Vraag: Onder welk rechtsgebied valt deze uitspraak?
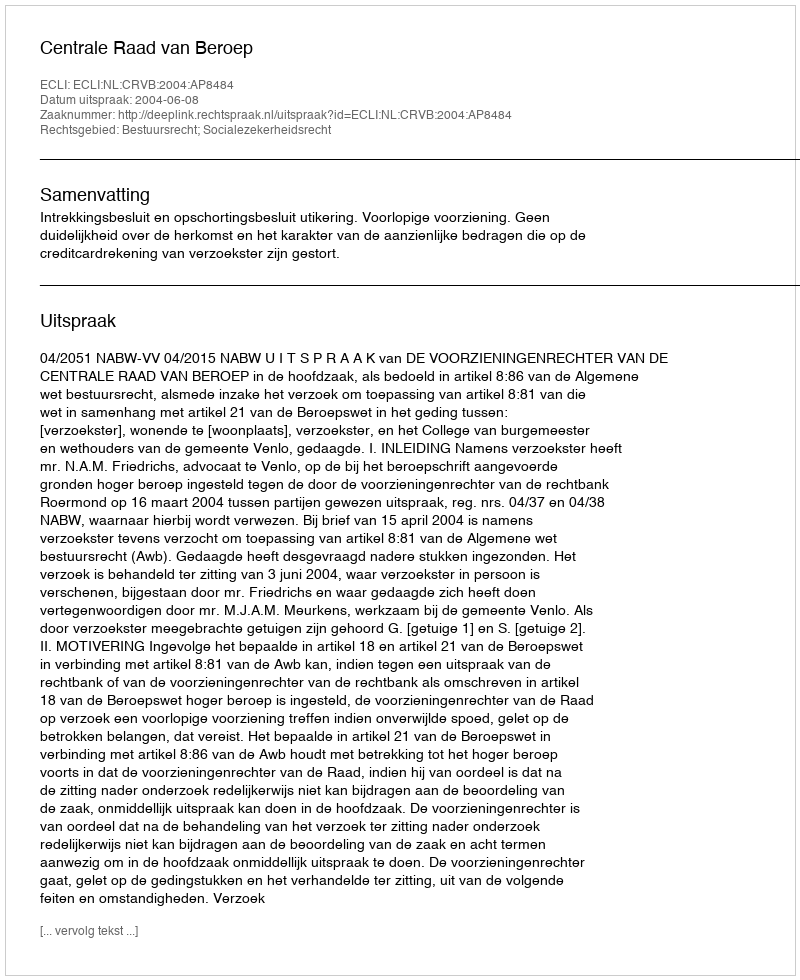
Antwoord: Bestuursrecht; Socialezekerheidsrecht